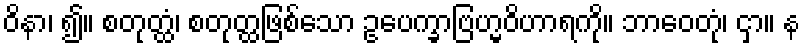
ဝိနာ၊ ၍။ စတုတ္ထံ၊ စတုတ္ထဖြစ်သော ဥပေက္ခာဗြဟ္မဝိဟာရကို။ ဘာဝေတုံ၊ ငှာ။ န